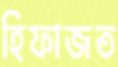
হিফাজত